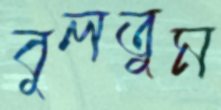
বুলতুম